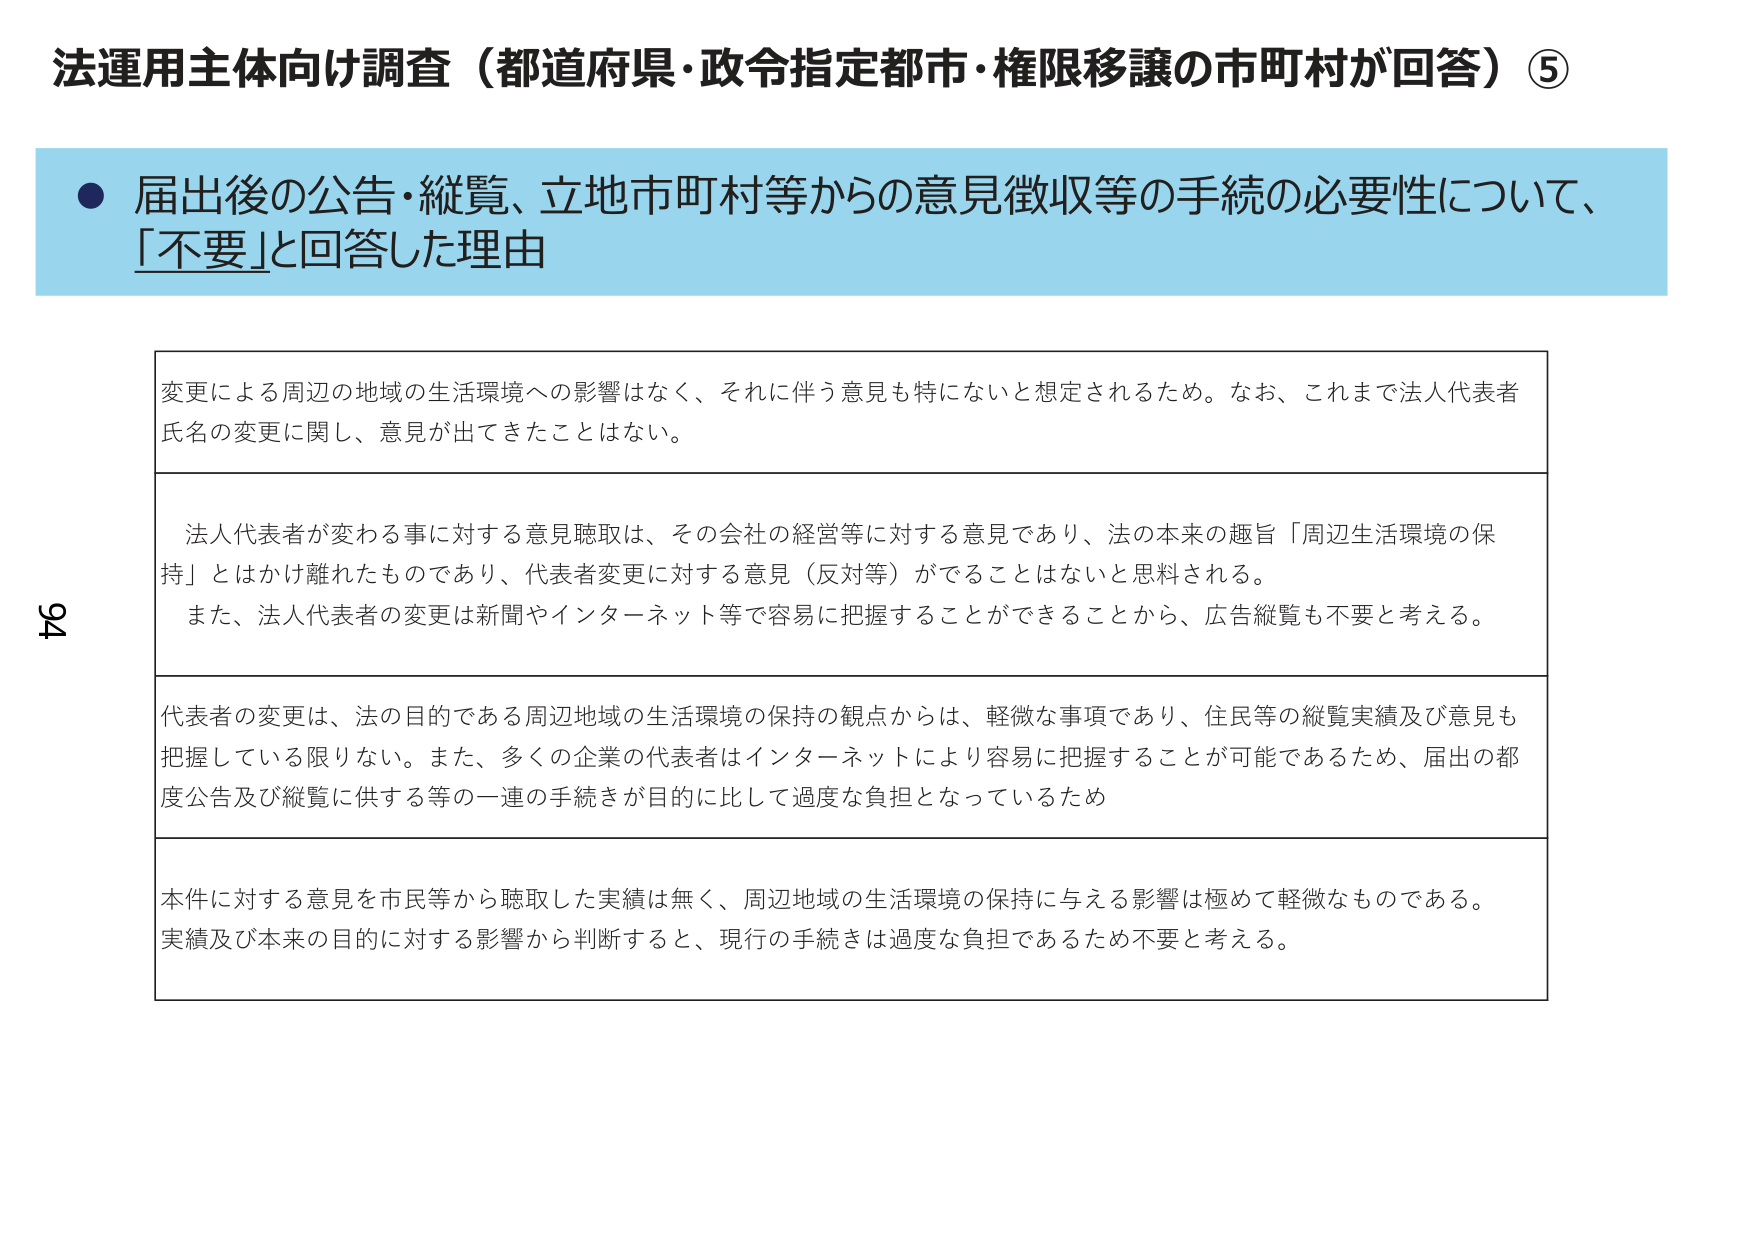
法運用主体向け調査（都道府県・政令指定都市・権限移譲の市町村が回答）⑤

● 届出後の公告・縦覧、立地市町村等からの意見徴収等の手続の必要性について、「不要」と回答した理由

変更による周辺の地域の生活環境への影響はなく、それに伴う意見も特にないと想定されるため。なお、これまで法人代表者氏名の変更に関し、意見が出てきたことはない。

法人代表者が変わる事に対する意見聴取は、その会社の経営等に対する意見であり、法の本来の趣旨「周辺生活環境の保持」とはかけ離れたものであり、代表者変更に対する意見（反対等）がでることはないと思料される。
また、法人代表者の変更は新聞やインターネット等で容易に把握することができるから、広告縦覧も不要と考える。

代表者の変更は、法の目的である周辺地域の生活環境の保持の観点からは、軽微な事項であり、住民等の縦覧実績及び意見も把握している限りない。また、多くの企業の代表者はインターネットにより容易に把握することが可能であるため、届出の都度公告及び縦覧に供する等の一連の手続きが目的に比して過度な負担となっているため

本件に対する意見を市民等から聴取した実績は無く、周辺地域の生活環境の保持に与える影響は極めて軽微なものである。
実績及び本来の目的に対する影響から判断すると、現行の手続きは過度な負担であるため不要と考える。

94